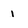
Character: 1